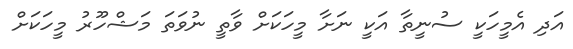
އަދި އެމީހަކީ ސުނީތާ އަކީ ނަށާ މީހަކަށް ވާތީ ނުވަތަ މަޝްހޫރު މީހަކަށް